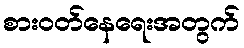
စားဝတ်နေရေးအတွက်